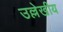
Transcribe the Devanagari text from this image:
उल्लेखीय